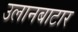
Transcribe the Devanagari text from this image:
उलानबाटार